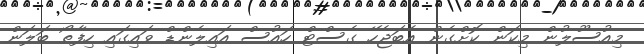
މިއުސޫލުން މިކަން ކޮށްގެން އެބަޖެހޭ ގެސްޓް ހައުސް އައިލެންޑް ވައިގައި ހިފާތޯ ބަލަން